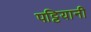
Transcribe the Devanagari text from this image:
पट्टियानी